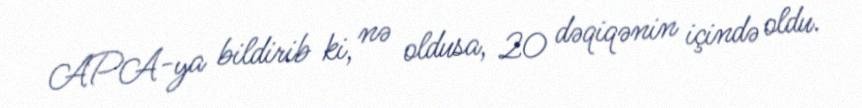
APA-ya bildirib ki, nə oldusa, 20 dəqiqənin içində oldu.